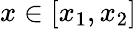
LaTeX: x\in[x_{1},x_{2}]